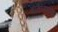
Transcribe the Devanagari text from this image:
बाहेरिसंचा